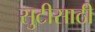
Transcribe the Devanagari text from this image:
सुटीसाठी